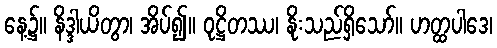
နေ့၌။ နိဒ္ဒါယိတွာ၊ အိပ်၍။ ဝုဋ္ဌိတဿ၊ နိုးသည်ရှိသော်။ ဟတ္ထပါဒေ၊